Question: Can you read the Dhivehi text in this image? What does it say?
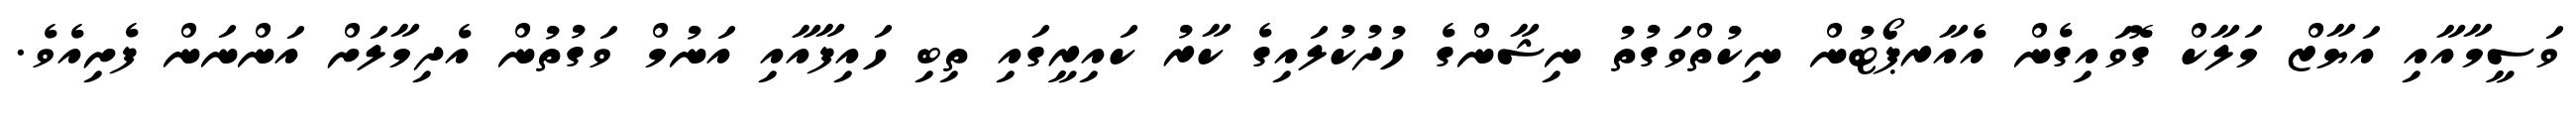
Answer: ވަސީމާއާއި އަޔާޒް މަލާކް ގޮވައިގެން އެއާރޕޯޓުން ނިކުތްވަގުތު ނިޝާންގެ ހުދުކުލައިގެ ކާރު ކައިރީގައި ތިބި ހައިފާއާއި އަނުމް ވަގުތުން އެދިމާލަށް އަންނަން ފެށިއެވެ.